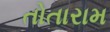
તોતારામ